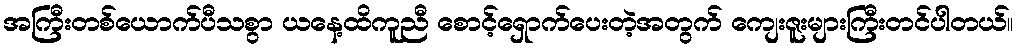
အကြီးတစ်ယောက်ပီသစွာ ယနေ့ထိကူညီ စောင့်ရှောက်ပေးတဲ့အတွက် ကျေးဇူးများကြီးတင်ပါတယ်။